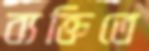
ব্যক্তিতে